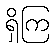
ရှိကြ